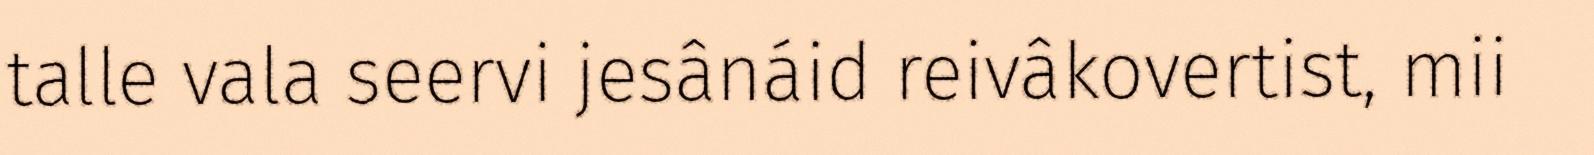
talle vala seervi jesânáid reivâkovertist, mii